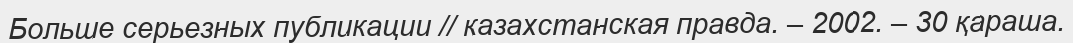
Больше серьезных публикации // казахстанская правда. – 2002. – 30 қараша.